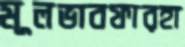
মূলভাবফারহা